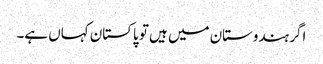
اگر ہندوستان میں ہیں تو پاکستان کہاں ہے۔